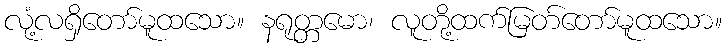
လုံ့လရှိတော်မူထသော။ နရုတ္တမော၊ လူတို့ထက်မြတ်တော်မူထသော။